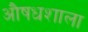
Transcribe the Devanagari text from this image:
औषधशाला